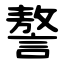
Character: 謷